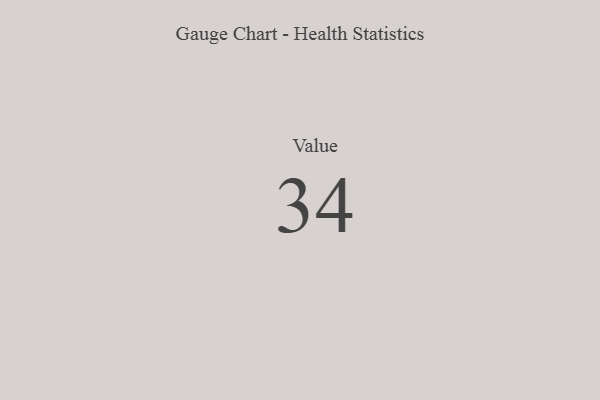
{"axis": {"x": "Metric", "y": "Value"}, "legend": [""], "data": [{"x": "Value", "y": 34, "type": ""}]}